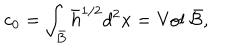
LaTeX: c _ { 0 } = \int _ { \bar { B } } { \bar { h } } ^ { 1 / 2 } d ^ { 2 } x = \mathrm { V o l } ~ \bar { \cal B } ,